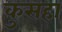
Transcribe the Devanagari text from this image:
कुसहा